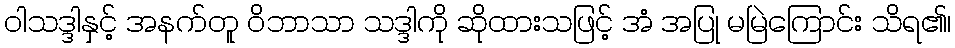
ဝါသဒ္ဒါနှင့် အနက်တူ ဝိဘာသာ သဒ္ဒါကို ဆိုထားသဖြင့် အံ အပြု မမြဲကြောင်း သိရ၏၊